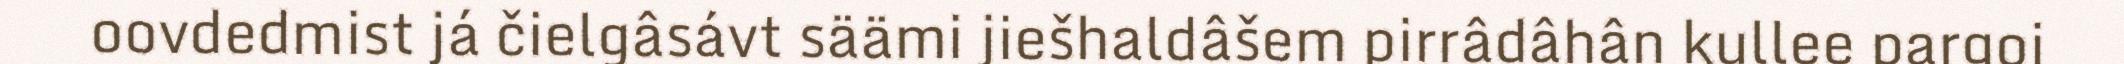
oovdedmist já čielgâsávt säämi jiešhaldâšem pirrâdâhân kullee pargoi